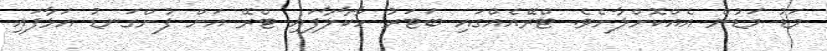
މަޑު މަޑުން އެއްކޮށްލާށެވެ. ޓްރޭއެއްގައި ބަޓަރު ހާކާލާފައި ޓްރޭ އަށް ފުށްގަނޑު އަޅާފައި